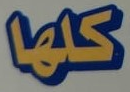
كلها